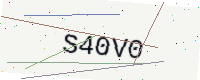
Text: S40V0